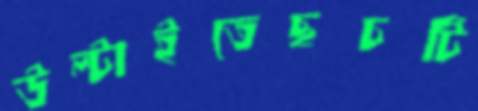
উল্‌টাইতেছচটি